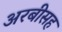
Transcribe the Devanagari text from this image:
अरबीसह